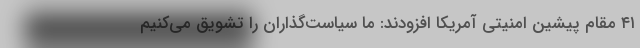
۴۱ مقام پیشین امنیتی آمریکا افزودند: ما سیاست‌گذاران را تشویق می‌کنیم